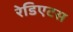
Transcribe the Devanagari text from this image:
रेडिएटस